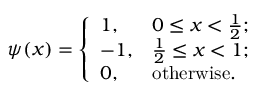
\psi ( x ) = \left\{ \begin{array} { l l } { 1 , } & { 0 \leq x < \frac { 1 } { 2 } ; } \\ { - 1 , } & { \frac { 1 } { 2 } \leq x < 1 ; } \\ { 0 , } & { \mathrm { o t h e r w i s e . } } \end{array} \right.